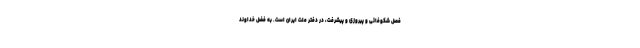
فصل شکوفائی و پیروزی و پیشرفت، در دفترِ ملت ایران است. به فضل خداوند